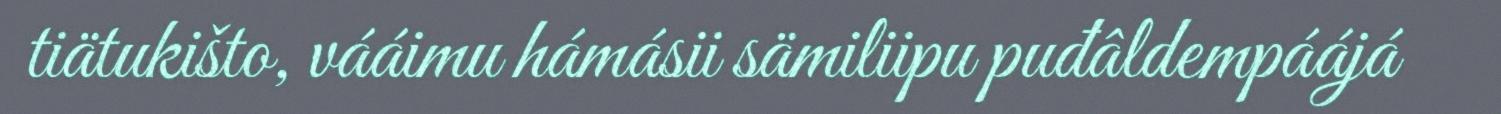
tiätukišto, vááimu hámásii sämiliipu puđâldempáájá